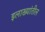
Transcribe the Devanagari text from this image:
इलाख्यांतील